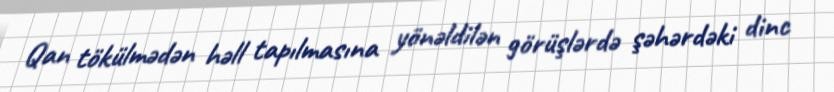
Qan tökülmədən həll tapılmasına yönəldilən görüşlərdə şəhərdəki dinc